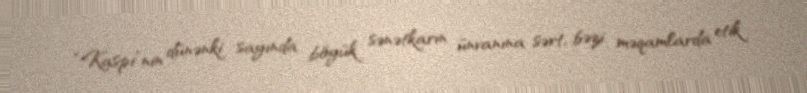
“Kaspi”nin dünənki sayında böyük sənətkarın ünvanına sərt, bəzi məqamlarda etik